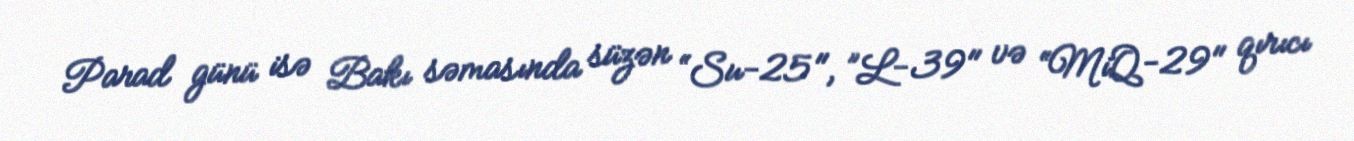
Parad günü isə Bakı səmasında süzən “Su-25", ”L-39" və “MiQ-29" qırıcı